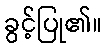
ခွင့်ပြု၏။